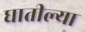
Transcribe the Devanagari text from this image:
घातील्या